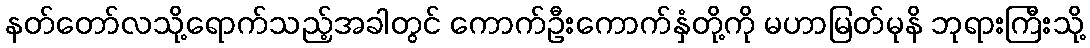
နတ်တော်လသို့ရောက်သည့်အခါတွင် ကောက်ဦးကောက်နှံတို့ကို မဟာမြတ်မုနိ ဘုရားကြီးသို့